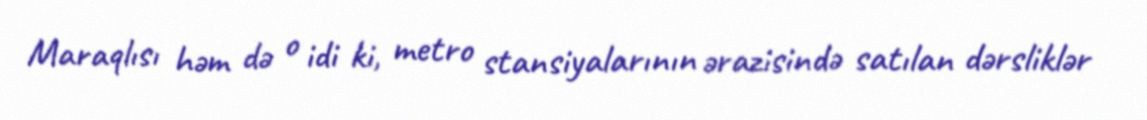
Maraqlısı həm də o idi ki, metro stansiyalarının ərazisində satılan dərsliklər